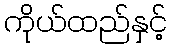
ကိုယ်ထည်နှင့်